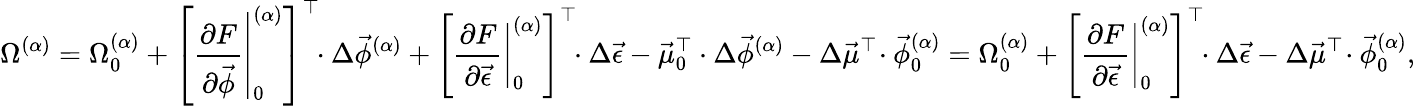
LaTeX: \Omega^{(\alpha)}=\Omega_{0}^{(\alpha)}+\left[\left.\frac{\partial F}{\partial\vec{\phi}}\right|_{0}^{(\alpha)}\right]^{\top}\! \! \cdot\Delta\vec{\phi}^{(\alpha)}+\left[\left.\frac{\partial F}{\partial\vec{\epsilon}}\right|_{0}^{(\alpha)}\right]^{\top}\! \! \cdot\Delta\vec{\epsilon}-\vec{\mu}_{0}^{\top}\cdot\Delta\vec{\phi}^{(\alpha)}-\Delta\vec{\mu}^{\top}\! \cdot\vec{\phi}_{0}^{(\alpha)}=\Omega_{0}^{(\alpha)}+\left[\left.\frac{\partial F}{\partial\vec{\epsilon}}\right|_{0}^{(\alpha)}\right]^{\top}\! \! \cdot\Delta\vec{\epsilon}-\Delta\vec{\mu}^{\top}\! \cdot\vec{\phi}_{0}^{(\alpha)},